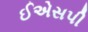
ઈએસપી